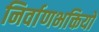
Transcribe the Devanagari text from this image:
निर्वाणभक्तियों